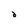
Character: d